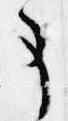
事